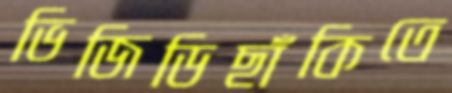
ভিজিডিছাঁকিতে